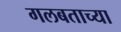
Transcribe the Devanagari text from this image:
गलबताच्या